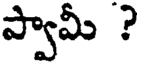
ప్వామీ ?